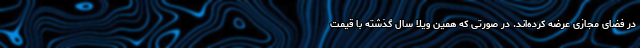
در فضای مجازی عرضه کرده‌اند. در صورتی که همین ویلا سال گذشته با قیمت